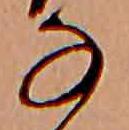
な